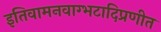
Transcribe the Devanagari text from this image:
इतिवामनवाग्भटादिप्रणीत